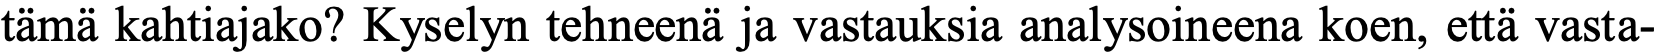
tämä kahtiajako? Kyselyn tehneenä ja vastauksia analysoineena koen, että vasta-